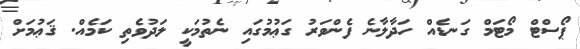
ޕޯސްޓް މޯޓަމް ގަނޑެއް ހަދާލާނެ ފެންވަރު ގަޢުމުގައި ނެތުމަކީ ލަދުވެތި ކަމެއް. ޤަޢުމަށް